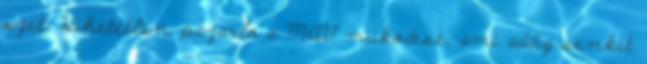
szet. Hihetetlen pazarlo a MAV mukodese, ami addig senkit